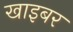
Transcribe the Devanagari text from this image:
खाइबर